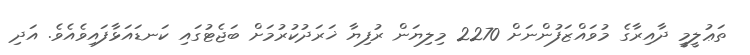
ތަޢުލީމީ ދާއިރާގެ މުވައްޒަފުންނަށް 2270 މިލިޔަން ރުފިޔާ ޚަރަދުކުރުމަށް ބަޖެޓުގައި ކަނޑައަޅާފައިވެއެވެ. އަދި